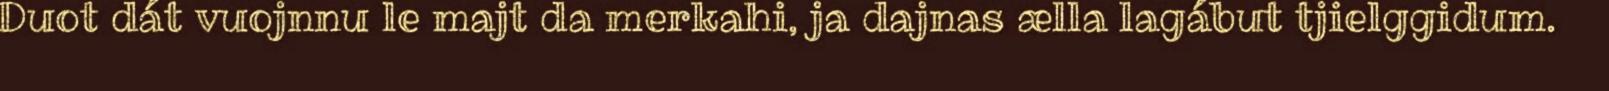
Duot dát vuojnnu le majt da merkahi, ja dajnas ælla lagábut tjielggidum.